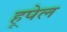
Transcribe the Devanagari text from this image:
हूपेल